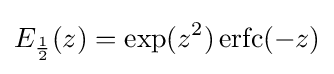
E_{\frac {1}{2}}(z)=\exp(z^{2})\operatorname {erfc} (-z)